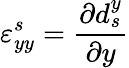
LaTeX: \varepsilon_{yy}^{s}=\frac{\partial d_{s}^{y}}{\partial y}